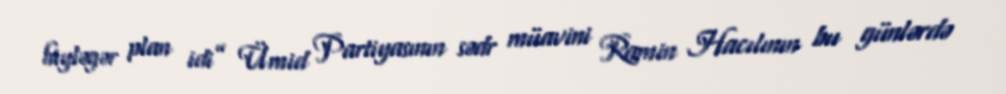
hiyləgər plan idi” Ümid Partiyasının sədr müavini Ramin Hacılının bu günlərdə